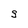
Character: S